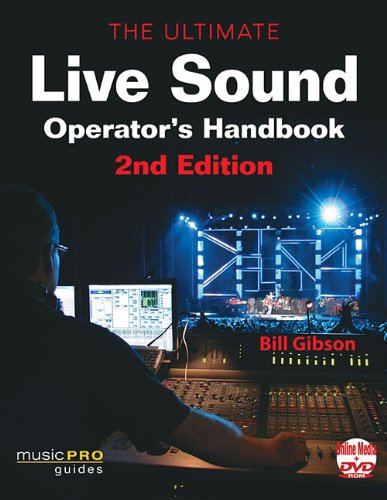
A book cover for The Ultimate Live Sound Operators Handbook, 2nd Edition (Music Pro Guides); Bill Gibson; Arts & Photography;